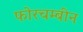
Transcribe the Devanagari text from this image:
फोरचम्बीन